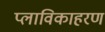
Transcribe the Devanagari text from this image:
प्लाविकाहरण